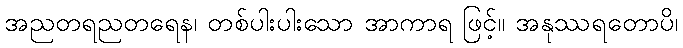
အညတရညတရေန၊ တစ်ပါးပါးသော အာကာရ ဖြင့်။ အနုဿရတောပိ၊